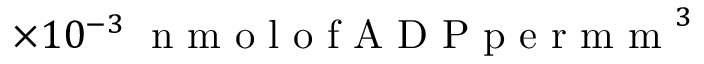
\times 1 0 ^ { - 3 } \; \mathrm { ~ n ~ m ~ o ~ l ~ o ~ f ~ A ~ D ~ P ~ p ~ e ~ r ~ m ~ m ~ } ^ { 3 }